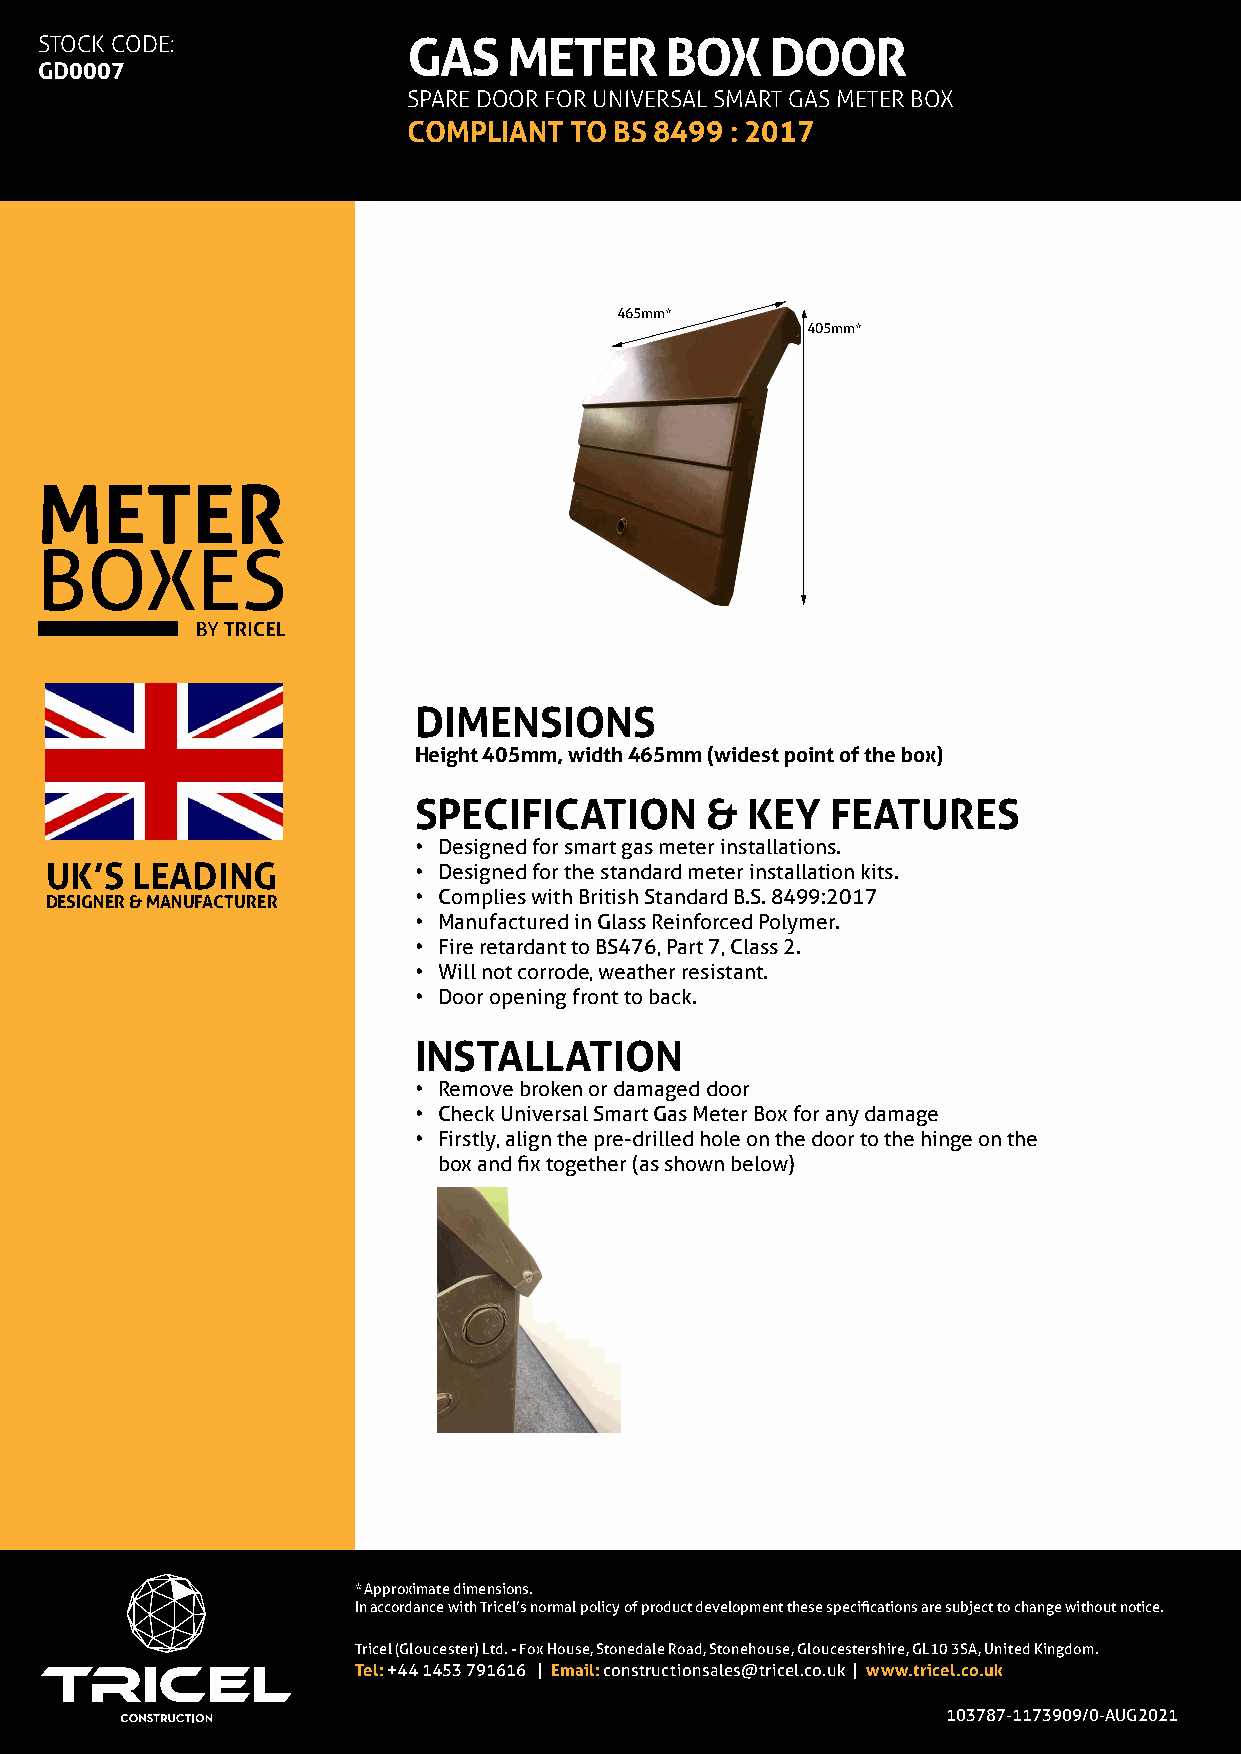
STOCK CODE:             GAS    METER     BOX    DOOR
 GD0007
 SPARE DOOR FOR UNIVERSAL SMART GAS METER BOX
 COMPLIANT  TO BS 8499 : 2017
 465mm*
 405mm*
 METER
 BOXES
 DIMENSIONS
 Height 405mm, width 465mm (widest point of the box)
 SPECIFICATION       & KEY   FEATURES
 • Designed for smart gas meter installations.
 UK’S  LEADING           • Designed for the standard meter installation kits.
 DESIGNER & MANUFACTURER • Complies with British Standard B.S. 8499:2017
 • Manufactured in Glass Reinforced Polymer.
 • Fire retardant to BS476, Part 7, Class 2.
 • Will not corrode, weather resistant.
 • Door opening front to back.
 INSTALLATION
 • Remove broken or damaged door
 • Check Universal Smart Gas Meter Box for any damage
 • Firstly, align the pre-drilled hole on the door to the hinge on the
 box and fix together (as shown below)
 * Approximate dimensions.
 In accordance with Tricel’s normal policy of product development these specifications are subject to change without notice.
 Tricel (Gloucester) Ltd. - Fox House, Stonedale Road, Stonehouse, Gloucestershire, GL10 3SA, United Kingdom.
 Tel: +44 1453 791616 | Email: constructionsales@tricel.co.uk | www.tricel.co.uk
 103787-1173909/0-AUG2021